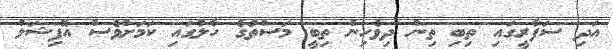
އަދި ސަފާރީގައި ތިބި ތިން ދިވެހިން ތިބީ މަސްތުގެ ހާލުގައި ކަމަށްވެސް އޮފިޝަލް